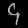
Digit: ၄